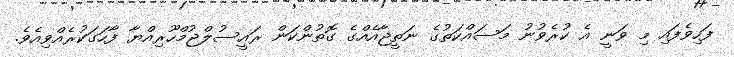
ފަހިވެފައި މި ވަނީ އެ ކުރެވުނު މަސައްކަތުގެ ނަތީޖާއެއްގެ ގޮތުންކަން ރައީސުލްޖުމްހޫރިއްޔާ ފާހަގަކުރެއްވިއެވެ.